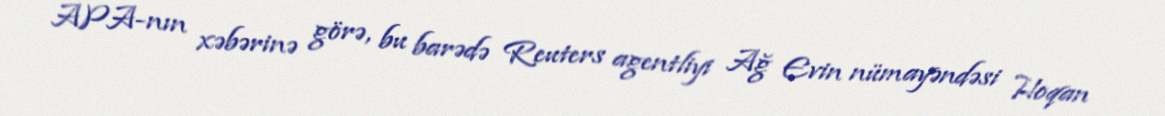
APA-nın xəbərinə görə, bu barədə Reuters agentliyi Ağ Evin nümayəndəsi Hoqan